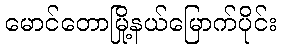
မောင်တောမြို့နယ်မြောက်ပိုင်း